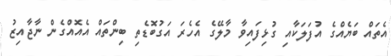
އެތައް ބަޔެއްގެ އުފަލަކާއި ގުޅިފައިވާ މާލޭގެ އެހެރަ އަގުބޮޑެތި ބިންތައް އެއޮއްގެން ނާޖާއިޒު